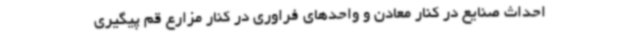
احداث صنایع در کنار معادن و واحدهای فراوری در کنار مزارع قم پیگیری